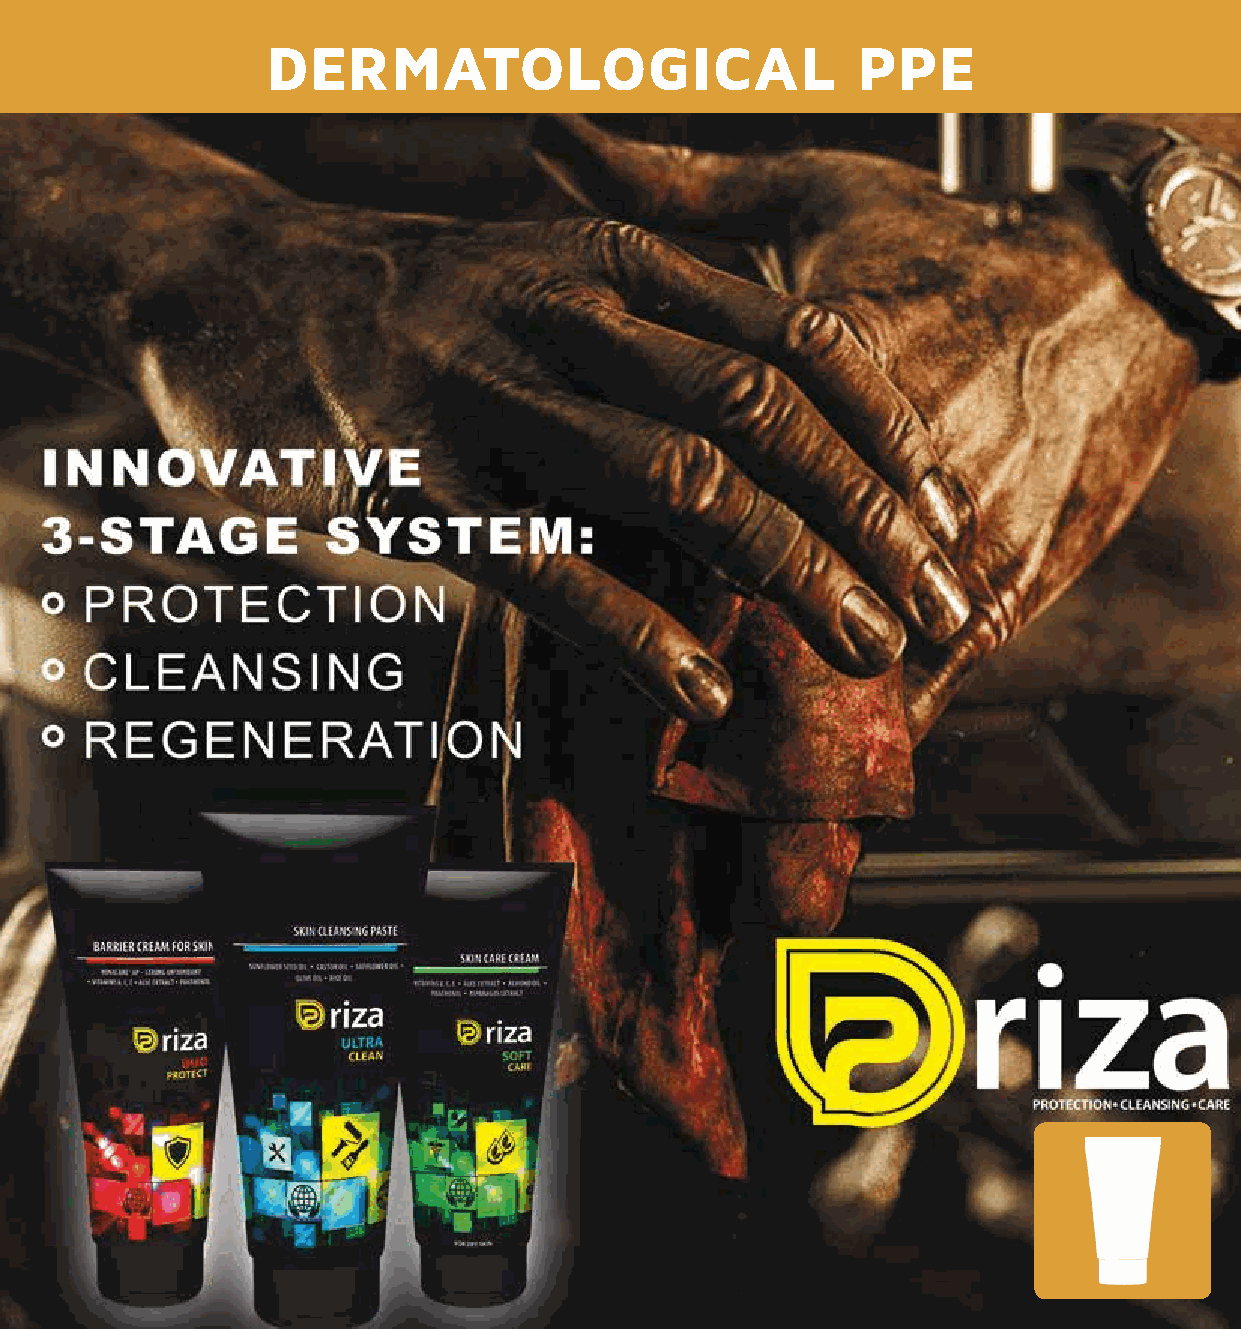
DERMATOLOGICAL                         PPE